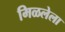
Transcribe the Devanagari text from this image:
मिळलेला